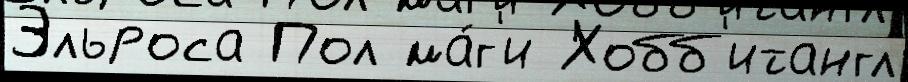
Эльроса Пол ма́г'и Хобб'итангл